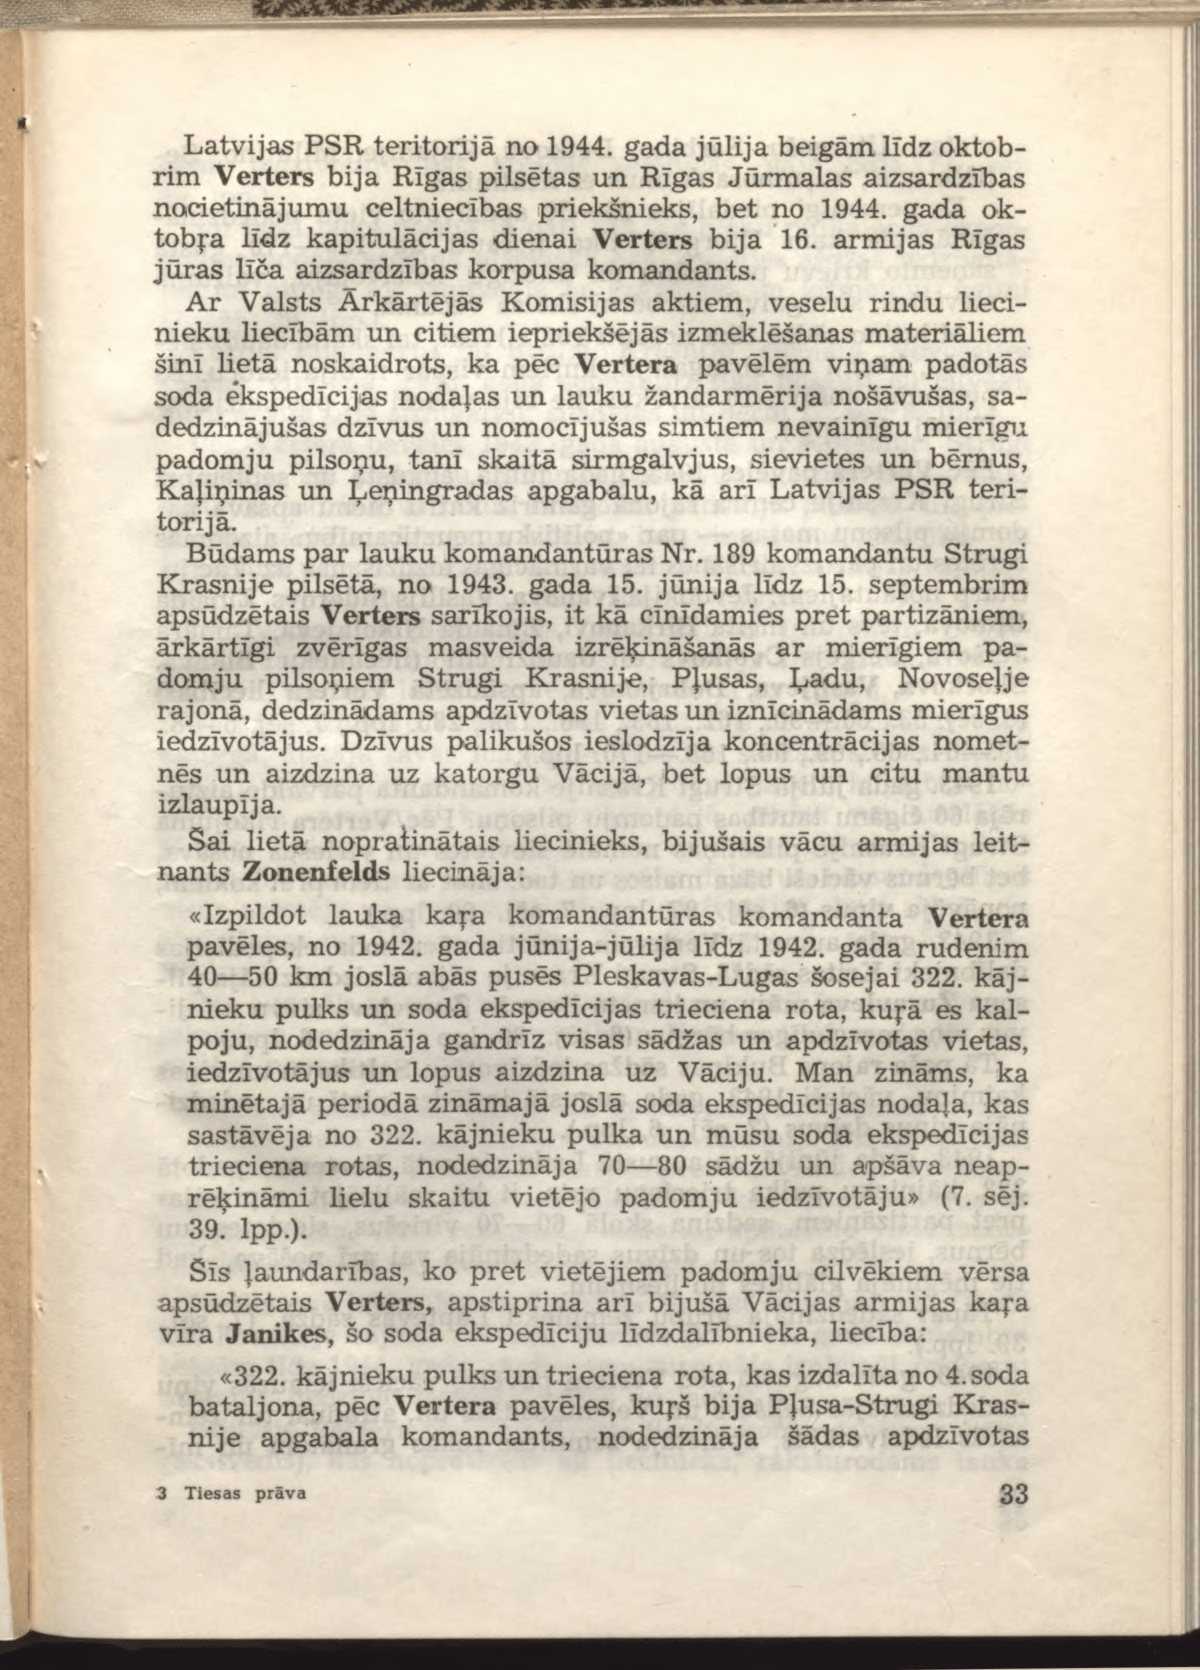
Language: lv